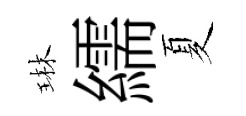
琳繻夏